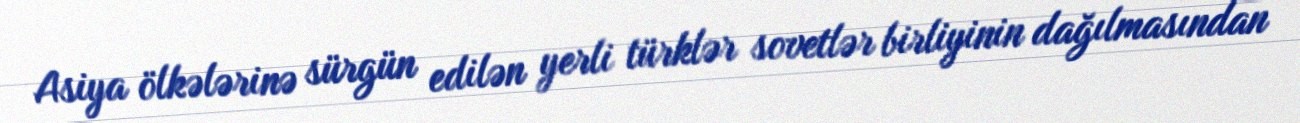
Asiya ölkələrinə sürgün edilən yerli türklər sovetlər birliyinin dağılmasından